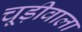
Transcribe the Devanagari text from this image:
चूड़ीवाला